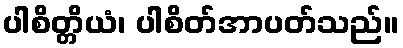
ပါစိတ္တိယံ၊ ပါစိတ်အာပတ်သည်။